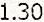
1.30